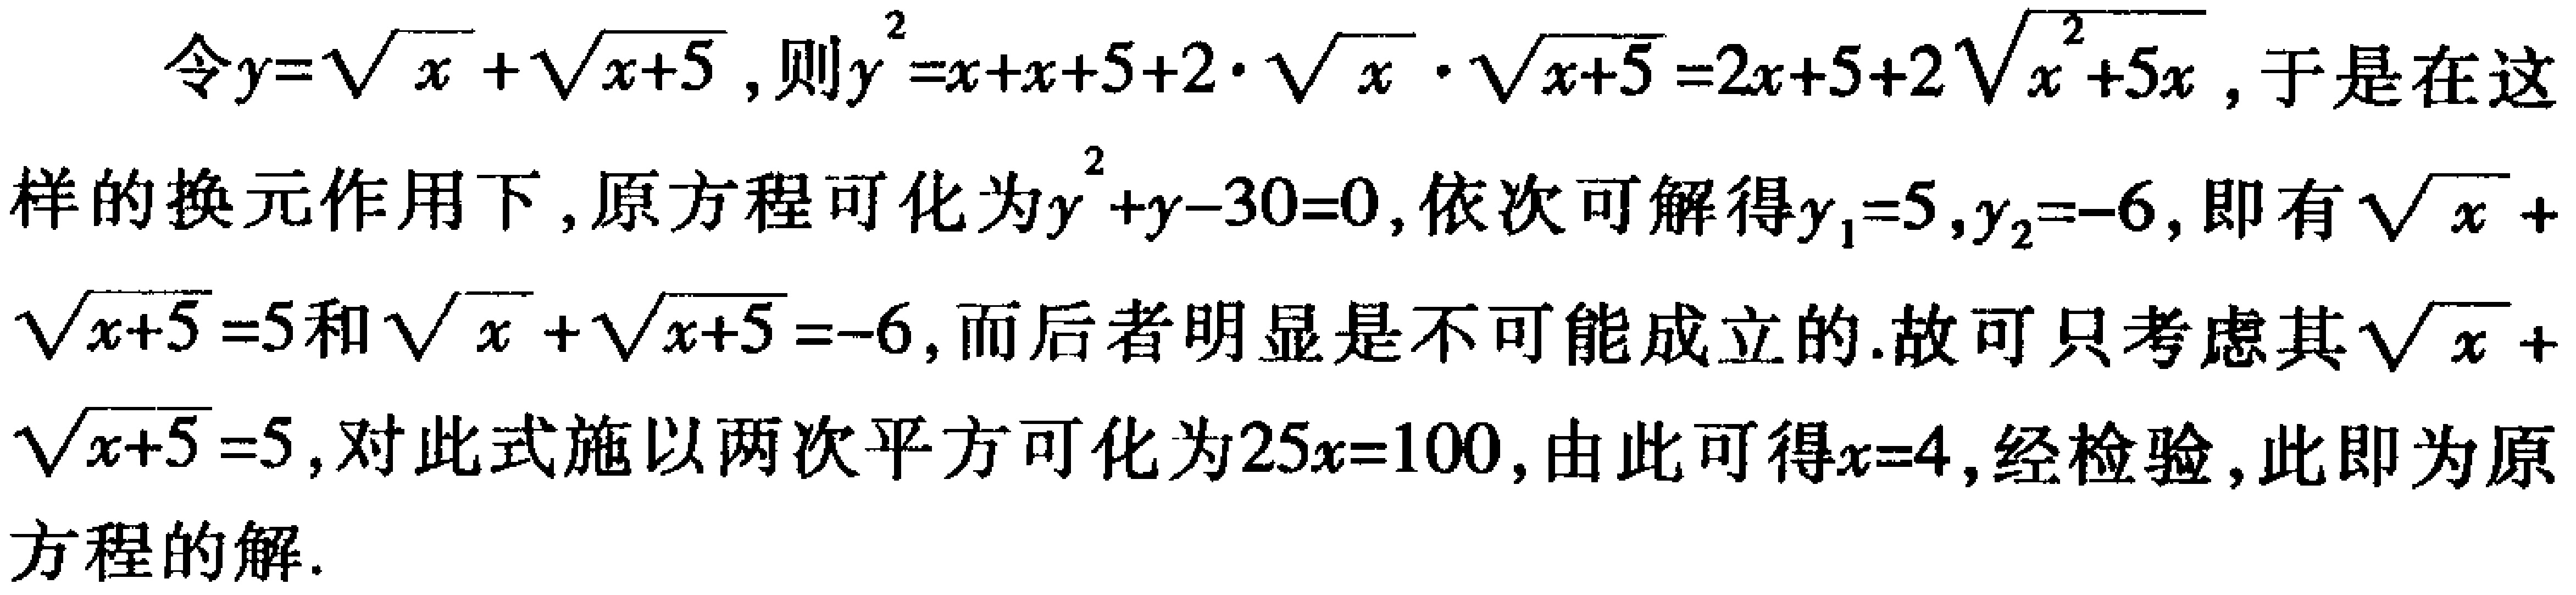
令\(y = \sqrt{x}+\sqrt{x + 5}\)，则\(y^{2}=x + x + 5+2\cdot\sqrt{x}\cdot\sqrt{x + 5}=2x + 5+2\sqrt{x^{2}+5x}\)，于是在这样的换元作用下，原方程可化为\(y^{2}+y - 30 = 0\)，依次可解得\(y_{1}=5\)，\(y_{2}=-6\)，即有\(\sqrt{x}+\sqrt{x + 5}=5\)和\(\sqrt{x}+\sqrt{x + 5}=-6\)，而后者明显是不可能成立的. 故可只考虑其\(\sqrt{x}+\sqrt{x + 5}=5\)，对此式施以两次平方可化为\(25x = 100\)，由此可得\(x = 4\)，经检验，此即为原方程的解.